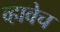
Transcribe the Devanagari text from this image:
व्हावेच